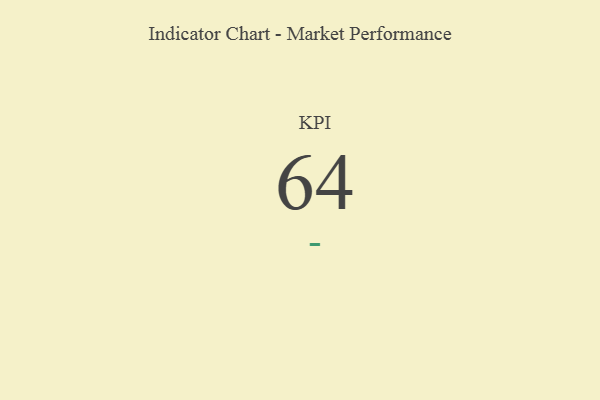
{"axis": {"x": "KPI", "y": "Value"}, "legend": [""], "data": [{"x": "KPI", "y": 64, "type": ""}]}